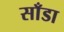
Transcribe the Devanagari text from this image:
साँडा